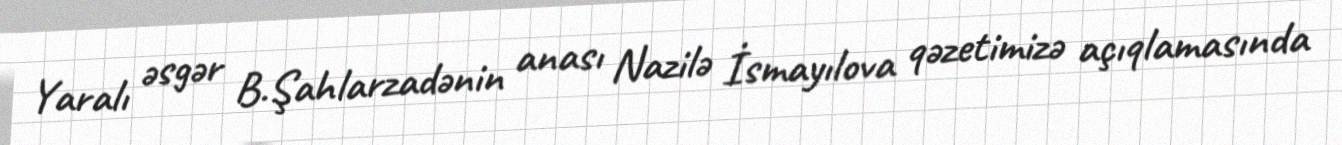
Yaralı əsgər B.Şahlarzadənin anası Nazilə İsmayılova qəzetimizə açıqlamasında